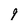
Character: 9